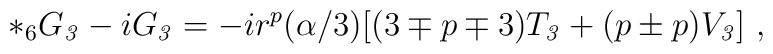
{*_6} G_{\it 3} - i G_{\it 3}=-ir^p (\alpha/3)[ (3 \mp p \mp 3) T_{\it 3} + (p\pm p) V_{\it 3} ]\ ,